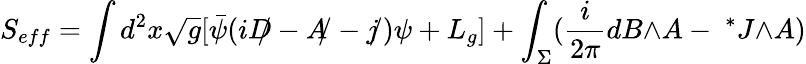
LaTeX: S_{eff}=\int d^{2}x\sqrt{g}[{\bar{\psi}}(i{D\! \! \! /}-{A\! \! /}-{j\! \! /})\psi+L_{g}]+\int_{\Sigma}(\frac{i}{2\pi}dB{\wedge}A-{\ ^{*}J}{\wedge}A)